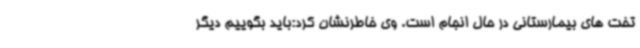
تخت های بیمارستانی در حال انجام است. وی خاطرنشان کرد:باید بگوییم دیگر